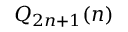
Q _ { 2 n + 1 } ( n )